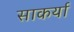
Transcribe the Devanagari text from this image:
साकर्या